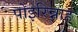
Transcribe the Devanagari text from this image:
पोइरिन्नाह